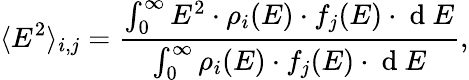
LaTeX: \langle E^{2}\rangle_{i,j}=\frac{\int_{0}^{\infty}E^{2}\cdot\rho_{i}(E)\cdot f_{j}(E)\cdot\mathrm{~d~}E}{\int_{0}^{\infty}\rho_{i}(E)\cdot f_{j}(E)\cdot\mathrm{~d~}E},